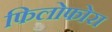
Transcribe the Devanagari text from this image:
फिलोफोरा